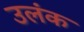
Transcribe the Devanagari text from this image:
उलंक